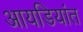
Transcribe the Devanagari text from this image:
आयडियांत